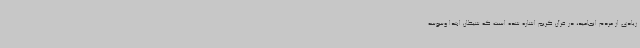
زیادی از مردم انجامید، در قرآن کریم اشاره شده است که شیطان ابتدا وسوسه